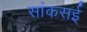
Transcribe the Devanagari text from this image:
सांकसई